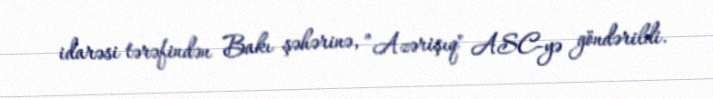
idarəsi tərəfindən Bakı şəhərinə, ”Azərişıq" ASC-yə göndərildi.